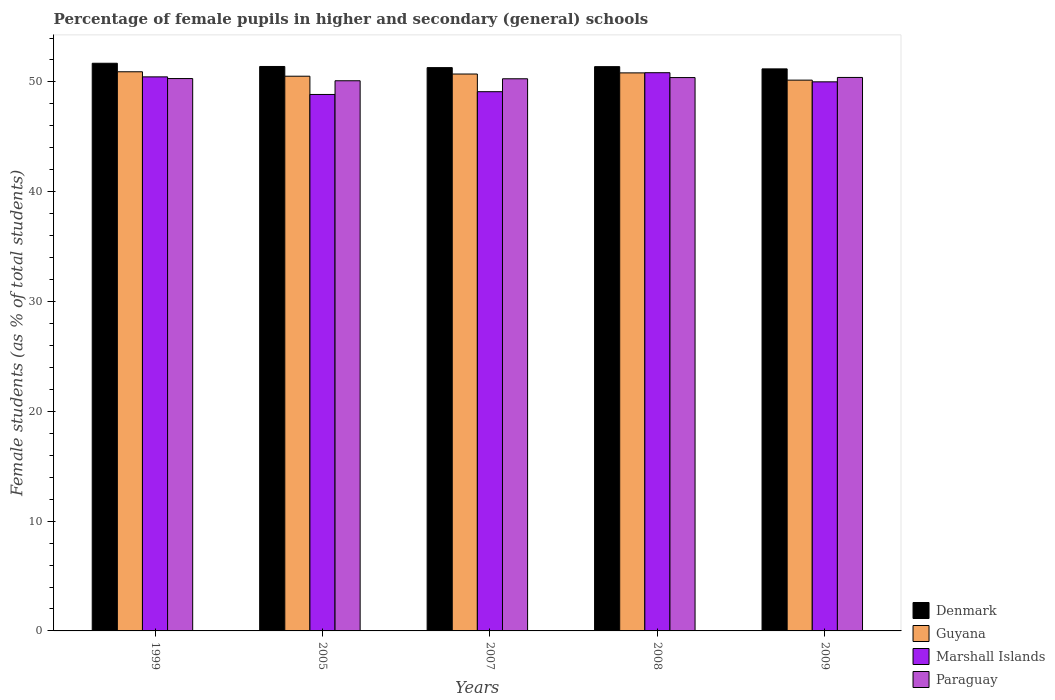
| Years | Denmark | Guyana | Marshall Islands | Paraguay |
 | --- | --- | --- | --- | --- |
 | 1999 | 51.7 | 50.9 | 50.5 | 50.3 |
 | 2005 | 51.4 | 50.5 | 48.9 | 50.1 |
 | 2007 | 51.3 | 50.7 | 49.1 | 50.3 |
 | 2008 | 51.4 | 50.8 | 50.8 | 50.4 |
 | 2009 | 51.2 | 50.2 | 50 | 50.4 |